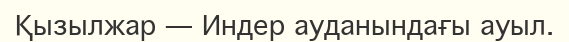
Қызылжар — Индер ауданындағы ауыл.